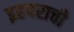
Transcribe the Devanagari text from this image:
इहपराची